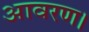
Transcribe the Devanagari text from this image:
आवरण।